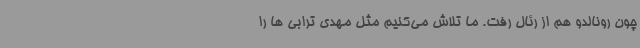
چون رونالدو هم از رئال رفت. ما تلاش می‌کنیم مثل مهدی ترابی ها را